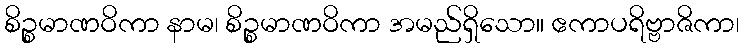
စိဉ္စမာဏဝိကာ နာမ၊ စိဉ္စမာဏဝိကာ အမည်ရှိသော။ ဧကာပရိဗ္ဗာဇိကာ၊